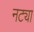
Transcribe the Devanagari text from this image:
नट्या